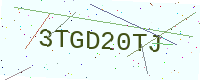
Text: 3TGD20TJ